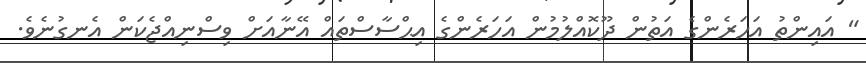
" އައިންތު އަހަރެންގެ އަތުން ދޫކޮއްލުމުން އަހަރެންގެ އިޙްސާސްތައް އޭނާއަށް ވިސްނިއްޖެކަން އެނގުނެވެ.